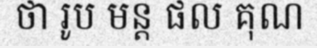
ថា រូប មន្ត ផល គុណ